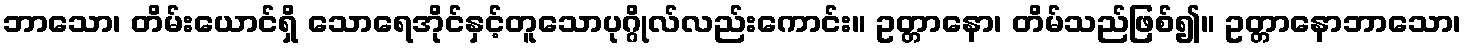
ဘာသော၊ တိမ်းယောင်ရှိ သောရေအိုင်နှင့်တူသောပုဂ္ဂိုလ်လည်းကောင်း။ ဥတ္တာနော၊ တိမ်သည်ဖြစ်၍။ ဥတ္တာနောဘာသော၊